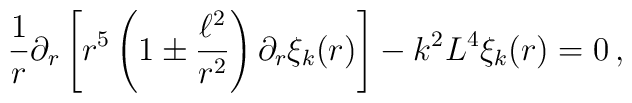
\frac{1}{r}\partial_r \left[ r^5 \left( 1 \pm \frac{\ell^2}{r^2}\right)\partial_r \xi_k (r)\right]- k^2 L^4 \xi_k (r) = 0\,,